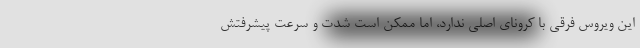
این ویروس فرقی با کرونای اصلی ندارد، اما ممکن است شدت و سرعت پیشرفتش